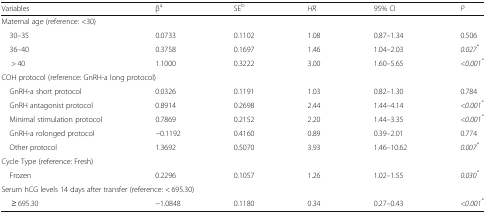
| Variables | βa | SEb | HR | 95% CI | P |
 | --- | --- | --- | --- | --- | --- |
 | <COLSPAN=6> Maternal age (reference: <30) |
 | 30–35 | 0.0733 | 0.1102 | 1.08 | 0.87–1.34 | 0.506 |
 | 36–40 | 0.3758 | 0.1697 | 1.46 | 1.04–2.03 | 0.027* |
 | > 40 | 1.1000 | 0.3222 | 3.00 | 1.60–5.65 | <0.001* |
 | <COLSPAN=6> COH protocol (reference: GnRH-a long protocol) |
 | GnRH-a short protocol | 0.0326 | 0.1191 | 1.03 | 0.82–1.30 | 0.784 |
 | GnRH antagonist protocol | 0.8914 | 0.2698 | 2.44 | 1.44–4.14 | <0.001* |
 | Minimal stimulation protocol | 0.7869 | 0.2152 | 2.20 | 1.44–3.35 | <0.001* |
 | GnRH-a rolonged protocol | −0.1192 | 0.4160 | 0.89 | 0.39–2.01 | 0.774 |
 | Other protocol | 1.3692 | 0.5070 | 3.93 | 1.46–10.62 | 0.007* |
 | <COLSPAN=6> Cycle Type (reference: Fresh) |
 | Frozen | 0.2296 | 0.1057 | 1.26 | 1.02–1.55 | 0.030* |
 | <COLSPAN=6> Serum hCG levels 14 days after transfer (reference: < 695.30) |
 | ≥ 695.30 | −1.0848 | 0.1180 | 0.34 | 0.27–0.43 | <0.001* |